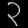
Digit: ၃